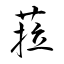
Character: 菈